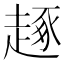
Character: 𧼙